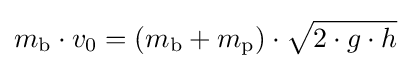
m_{\textrm {b}}\cdot v_{0}=(m_{\textrm {b}}+m_{\textrm {p}})\cdot {\sqrt {2\cdot g\cdot h}}